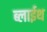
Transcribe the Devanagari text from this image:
ब्लाईथ